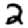
Digit: 2